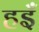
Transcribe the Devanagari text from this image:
हइँ